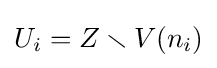
U_{i}=Z\smallsetminus V(n_{i})